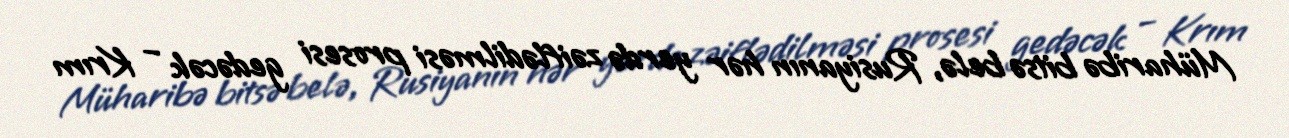
Müharibə bitsə belə, Rusiyanın hər yerdə zəiflədilməsi prosesi gedəcək – Krım